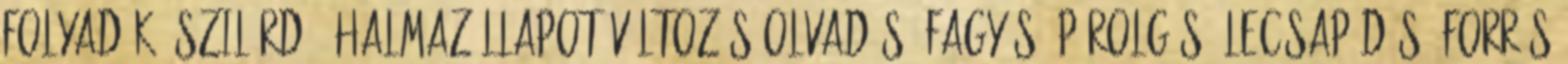
folyadék, szilárd , halmazállapot-változás olvadás, fagyás, párolgás, lecsapódás, forrás